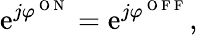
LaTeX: \mathrm{e}^{j\varphi^{\mathrm{{~O~N~}}}}=\mathrm{e}^{j\varphi^{\mathrm{{~O~F~F~}}}},